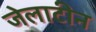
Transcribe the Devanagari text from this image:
जेलाटीन